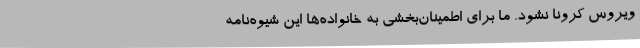
ویروس کرونا نشود. ما برای اطمینان‌بخشی به خانواده‌ها این شیوه‌نامه